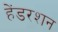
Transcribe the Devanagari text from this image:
हेंडरशन